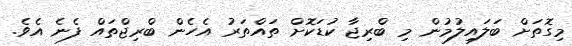
މިގޮތަށް ބަލައިލުމުން މި ބްރިޖާ ކުޑަކޮށް ތައްތަރު އެހެން ބްރިޖްތައް ފެނެ އެވެ.